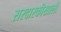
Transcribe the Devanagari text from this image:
सरदारकीखाली